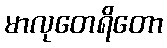
မာလုတေရိတော